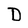
Character: D